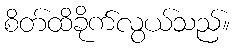
စိတ်ထိခိုက်လွယ်သည်။